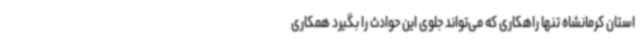
استان کرمانشاه تنها راهکاری که می‌تواند جلوی این حوادث را بگیرد همکاری